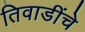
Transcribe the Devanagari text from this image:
तिवाडींचे